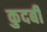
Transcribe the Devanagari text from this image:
कुदबी